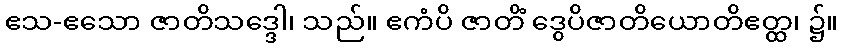
ဧသ-ဧသော ဇာတိသဒ္ဒေါ၊ သည်။ ဧကံပိ ဇာတိံ ဒွေပိဇာတိယောတိဧတ္ထ၊ ၌။